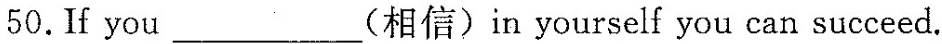
50.If you___(相信)in yourself you can succeed.